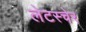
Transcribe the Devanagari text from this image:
लेटस्चेर